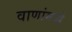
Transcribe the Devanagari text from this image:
वाणांमध्ये